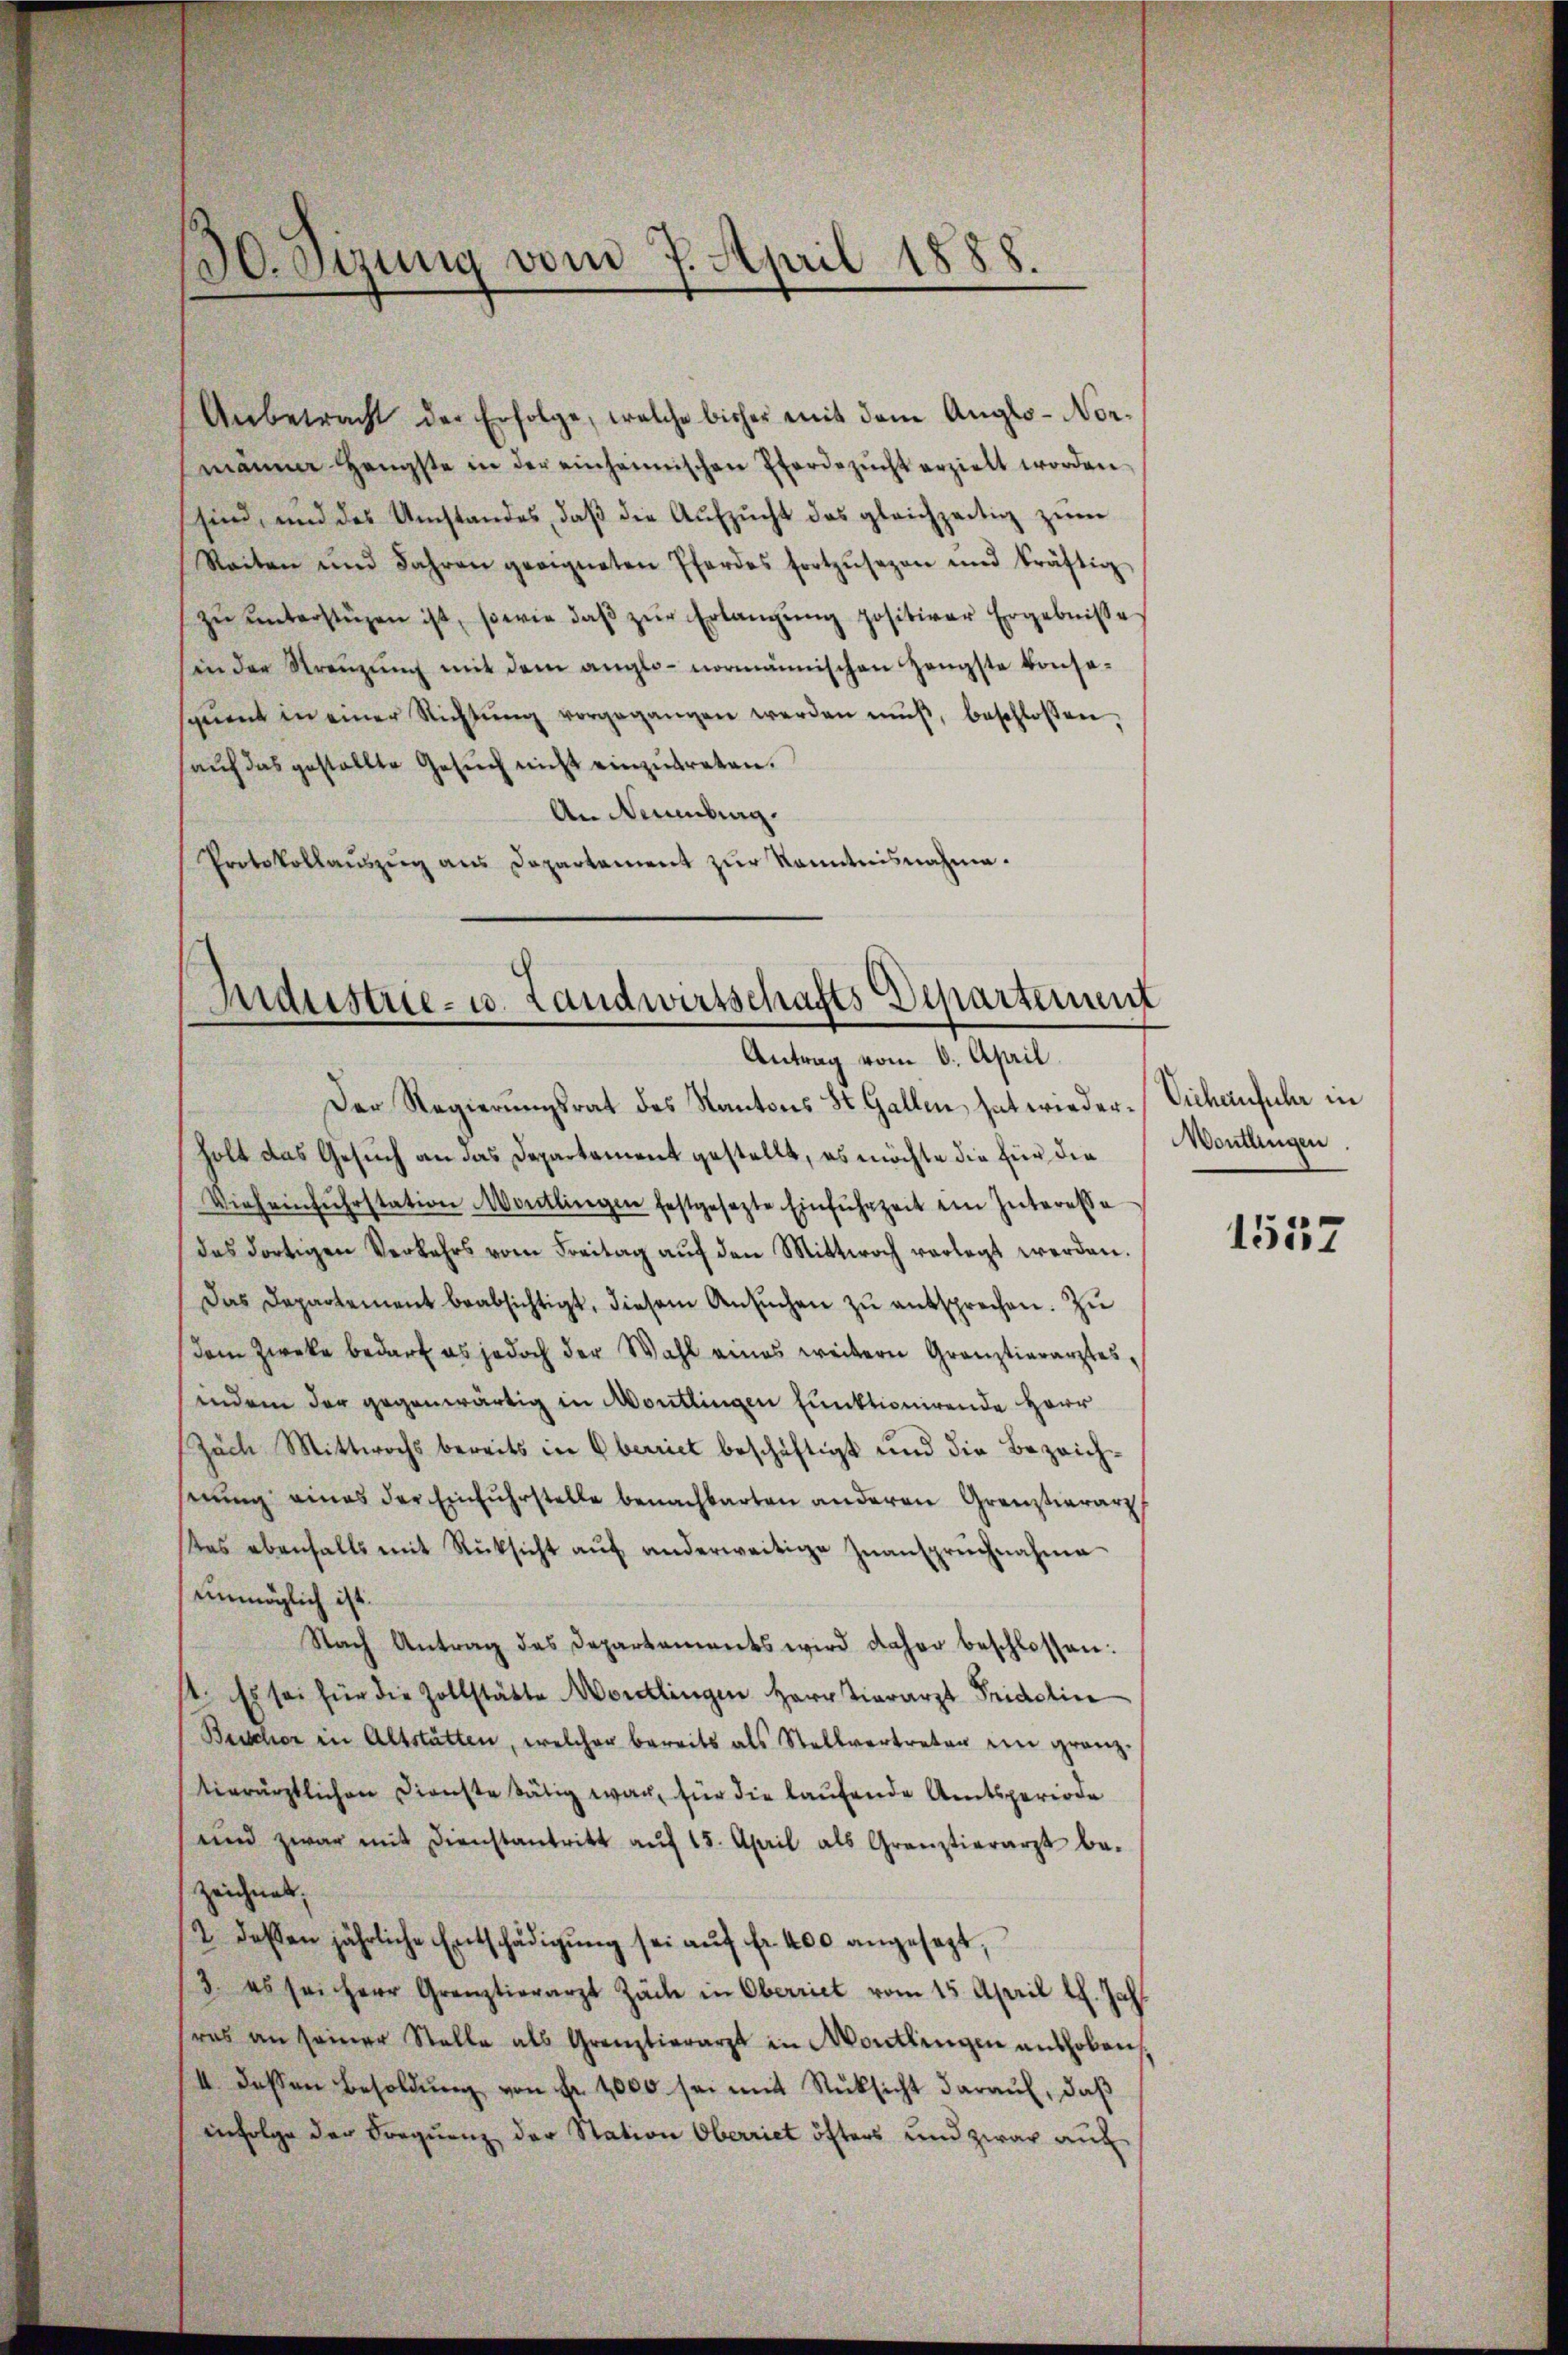
130. Sizung vom 7. April 1888.

Anbetracht der Erfolge, welche bisher mit dem Angls-Nor-
männer Hengste in der einheimischen Pferdezŭcht erzielt worden,
sind, und des Umstandes, daß die Aŭfzŭcht das gleichzeitig zum
Reiten und Jahren geeigneten Pfordes fortzŭsezen und kräftig
zŭ ŭnterstüzen ist, sowie daβ zŭr Erlangŭng positiver Ergebnisse
in der Streŭzŭng mit dem anglo- normännischen Hengste konse-
spuent in einer Richtŭng vorgegangen werden mŭβ, beschlossen,
aŭf das gestellte Gesŭch nicht einzŭtreten.
An Neuenburg.
Protokollaŭszŭg ans Departament zŭr Kenntnisnahme.

Industrie- u. Landwirtschafts Departement
Antrag vom 6. April.

Der Regierungsrat des Kantons St. Gallen, hat wieder-Sichenfuhr in
holt das Gesuch an das Departement gestellt, es möchte die für die
Vieheinfuhrstation Montlingen festgesezte Einfuhrzeit im Interesse
das dortigen Verkehrs vom Freitag aŭf den Mittwoch verlegt werden.
Das Departement beabsichtigt, diesem Ansŭchen zŭ entsprechen. Zŭ
dem Zwecke bedarf es jedoch der Wahl eines weitern Gränztierarztesindem der gegenwärtig in Montlingen funktionirende Herr
Zach Mittwochs bereits in Oberriet beschäftigt und die Bezeichserŭng eines der Einfuhrstelle benachbarten anderen Grenztierarz
es ebenfalls mit Rücksicht aŭf anderweitige Zŭanspruchnahme
unmöglich ist.
Nach Antrag des Departements wird daher beschlossen:
st. Es sei für die Zollstätte Mordlingen Herr Tierarzt Fridolin
Beschor in Altstatten, welcher bereits als Stellvertreten ein granz.
tierärztlichen Dienste tätig war, für die laufende Amtsperiode
und zwar mit Dienstantritt aŭf 15. April als Gränztierarzt be-
zeichnels.
/2 dessen jährliche Entschädigŭng sei aŭf fr. 400 angesagt,
/3. es sei Herr Grenztierarzt Zach in Oberriet vom 15. April l. Jahr
ras an seiner Stelle als Grenztierarzt in Wortlingen aushoben
II. Dassen Besoldŭng von Fr. 1000 sei mit Rücksicht daraŭf, daβ
infolge der Sequenz der Station Oberriet öfters und zwar auf

Montlingen.

1557